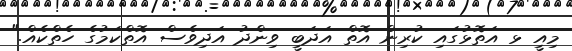
މިއީ ޅ އަތޮޅުގައި ކުރިން އޮތް އަދަބީ ވިންދު އަދިވެސް އޮތްކަމުގެ ހެތްކެއް."